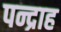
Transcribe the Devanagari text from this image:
पन्द्राह